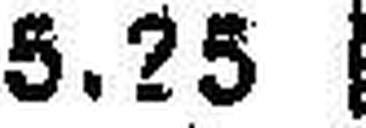
5.25